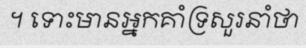
។ ទោះមានអ្នកគាំទ្រសួរនាំថា